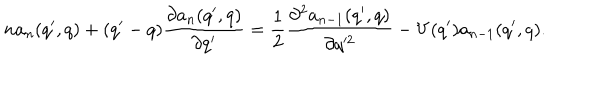
LaTeX: n a _ { n } ( q ^ { \prime } , q ) + ( q ^ { \prime } - q ) \frac { \partial a _ { n } ( q ^ { \prime } , q ) } { \partial q ^ { \prime } } = \frac { 1 } { 2 } \frac { \partial ^ { 2 } a _ { n - 1 } ( q ^ { \prime } , q ) } { \partial q ^ { 2 } } - V ( q ^ { \prime } ) a _ { n - 1 } ( q ^ { \prime } , q ) .